Annual vaccination report of Bihar and Orissa - 1911-1928
Year: 1911
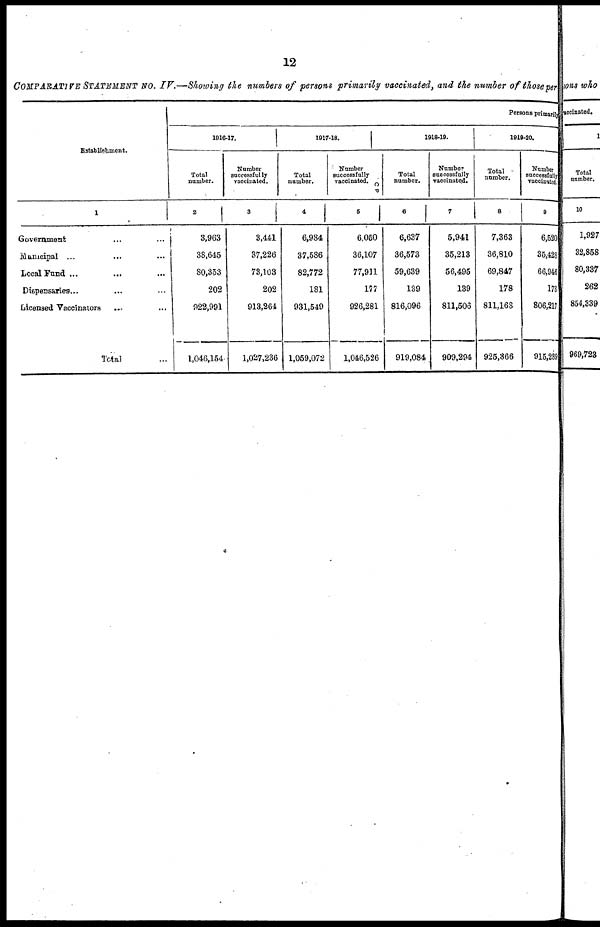
12
COMPARATIVE STATEMENT NO. IV.—Showing the numbers of persons primarily vaccinated, and the number of those per
Establishment.
1
Government... ...
Municipal ... ... ...
Local Fund ... ... ...
Dispensaries.. ... ...
Licensed Vaccinators... ...
Total
Persons primarily
1916-17.
Total
number.
2
3,963
38,645
80,353
202
922,991
1,046,154
Number
successfully
vaccinated.
3
3,441
37,226
73,103
202
913,264
1,027,236
1917-18.
Total
number.
4
6,984
37,586
82,772
181
931,549
1,059,072
Number
successfully
vaccinated.
5
6,050
36,107
77,911
177
926,281
1,046,526
1918-19.
Total
number.
6
6,637
36,573
59,639
139
816,096
919,084,
Number
successfully
vaccinated.
7
5,941
35,213
56,495
139
811,506
909,294
1919-20.
Total
number.
8
7,363
36,810
69,847
178
811,168
925,366
Number
successfully
vaccinated
9
6,520
35,428
66,946
178
806,217
915,289